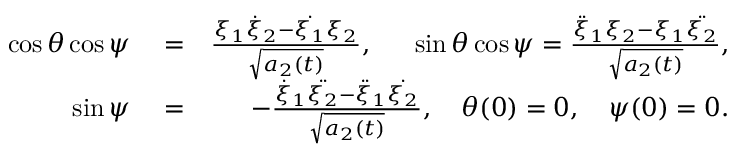
\begin{array} { r l r } { \cos { \theta } \cos { \psi } } & { { } = } & { \frac { \xi _ { 1 } \dot { \xi } _ { 2 } - \dot { \xi _ { 1 } } \xi _ { 2 } } { \sqrt { a _ { 2 } ( t ) } } , \quad \; \; \sin { \theta } \cos { \psi } = \frac { \ddot { \xi } _ { 1 } \xi _ { 2 } - \xi _ { 1 } \ddot { \xi _ { 2 } } } { \sqrt { a _ { 2 } ( t ) } } , } \\ { \sin { \psi } } & { { } = } & { - \frac { \dot { \xi } _ { 1 } \ddot { \xi _ { 2 } } - \ddot { \xi } _ { 1 } \dot { \xi _ { 2 } } } { \sqrt { a _ { 2 } ( t ) } } , \quad \theta ( 0 ) = 0 , \quad \psi ( 0 ) = 0 . } \end{array}